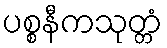
ပစ္စနီကသုတ္တံ